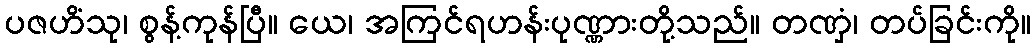
ပဇဟိံသု၊ စွန့်ကုန်ပြီ။ ယေ၊ အကြင်ရဟန်းပုဏ္ဏားတို့သည်။ တဏှံ၊ တပ်ခြင်းကို။